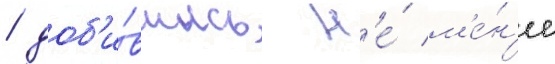
/ доб'и́вшись н'е́ м'е́н'ее